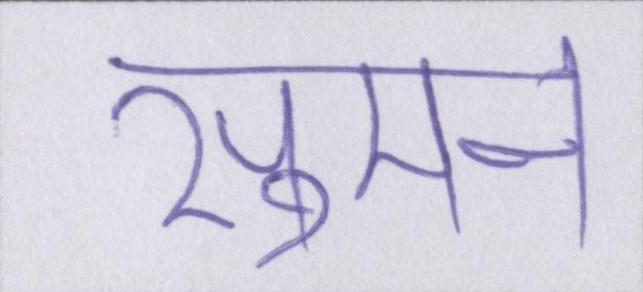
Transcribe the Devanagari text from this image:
सुमन